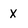
Character: X